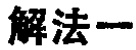
解法一